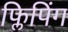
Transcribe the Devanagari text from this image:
फ्लिपिंग